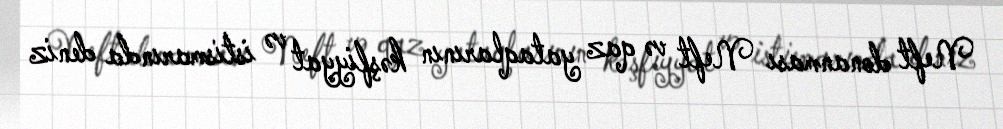
Neft donanması Neft və qaz yataqlarının kəşfiyyat və istismarında deniz